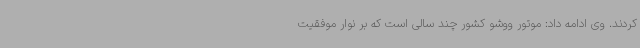
کردند. وی ادامه داد: موتور ووشو کشور چند سالی است که بر نوار موفقیت